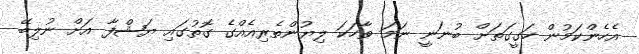
އެހެންކަމުން ހަގީގަތަށް ބުނަނީ ނަމަ ވާހަކަ ލިޔުންތެރިއެއްގެ ގޮތުގައި ޔަޝްފާ އަށް ނުލިބޭ